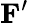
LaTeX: \mathbf{F^{\prime}}